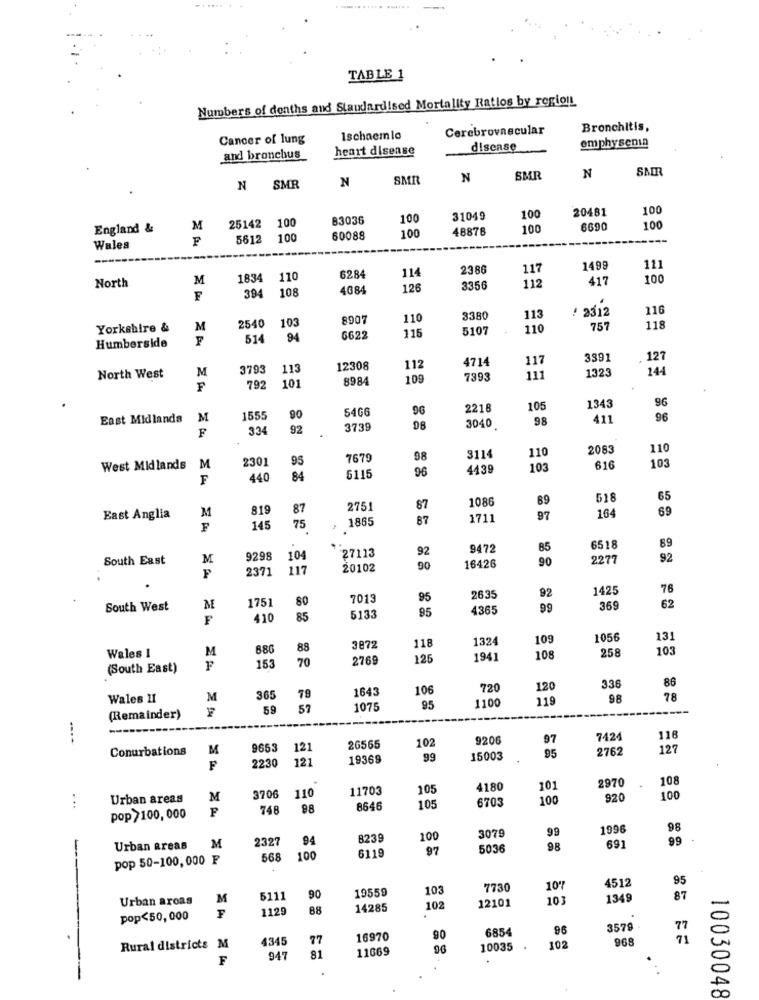
TABLE 1
Numbers of deaths and Standardised Mortality Ratios by region
Cerebrovascular
Bronchitis,
Cancer of lung
Ischaemlo
emphysema
heart disease
disease
and bronchus
SMT
SMR
N
SMR
N
N SMR
N
20481
100
83036
100
31049
100
England &
M
25142
100
48878
100
6690
100
F
5612
100
60088
100
----
Wales
2386
117
1499
111
North
M
1834
110
6284
114
417
100
394
108
4084
126
3356
112
F
/ 2312
116
8907
110
3380
113
Yorkshire &
M
2540
103
115
5107
110
757
118
F
514
94
6622
Humberside
4714
117
3391
127
M
3793
113
12308
112
1323
144
North West
101
8984
109
7393
111
F
792
1343
96
54GG
9G
2218
105
East Midlands
M
1555
90
98
411
96
334
92
3739
3040
2083
110
2301
95
7679
98
8114
110
103
West Midlands
M
96
4439
103
616
F
440
84
6115
1086
89
518
65
819
87
2751
87
164
69
East Anglia
M
1865
87
1711
97
F
145
75
92
9472
85
6518
89
South East
M
9298
104
27113
16426
90
2277
92
2371
117
20102
90
92
1425
76
80
7013
95
2635
South West
M
175
95
4365
99
369
62
F
410
85
5133
1324
109
1056
13
Wales 1
M
686
88
3872
118
258
103
153
70
2769
125
1941
108
(South East)
336
86
1643
106
720
120
Wales 11
M
365
79
1100
119
98
78
59
57
1075
95
----
(Remainder)
102
9206
97
7424
116
Conurbations
M
9653
121
26565
2762
127
2230
121
19369
99
15003
95
F
..
2970
108
11703
105
4180
101
Urban areas
M
3706
110
6703
100
920
100
748
98
8646
105
pop /100, 000
3079
99
1996
98
2327
94
8239
100
691
99
Urban areas
M
97
5036
98
pop 50-100,000 F
568
100
6119
4512
95
19559
103
7730
107
Urban aroas
M
5111
90
12101
103
1349
87
1129
88
14285
102
pop<50,000
.
6854
96
3579
77
.
4345
77
16970
90
71
Rural districts M
81
11669
96
10035
102
F
947
10030048